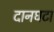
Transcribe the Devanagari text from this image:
दानघटा